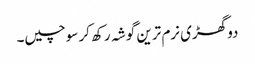
دو گھڑی نرم ترین گوشہ رکھ کر سوچیں۔